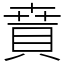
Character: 𧶚